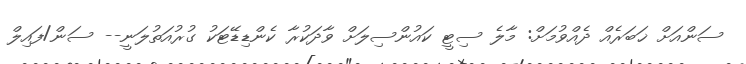
ސަންއަށް ޚަބަރެއް ދެއްވުމަށް: މާލެ ސިޓީ ކައުންސިލަށް ވާދަކުރާ ކެންޑިޑޭޓަކު ގުރުއަތުލަނީ-- ސަން/ފައިލް